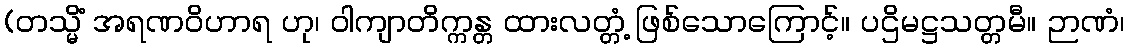
(တသ္မိံ အရဏဝိဟာရ ဟု၊ ဝါကျာတိက္ကန္တ ထားလတ္တံ့ ဖြစ်သောကြောင့်။ ပဌိမဋ္ဌသတ္တမီ။ ဉာဏံ၊